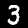
Digit: 3